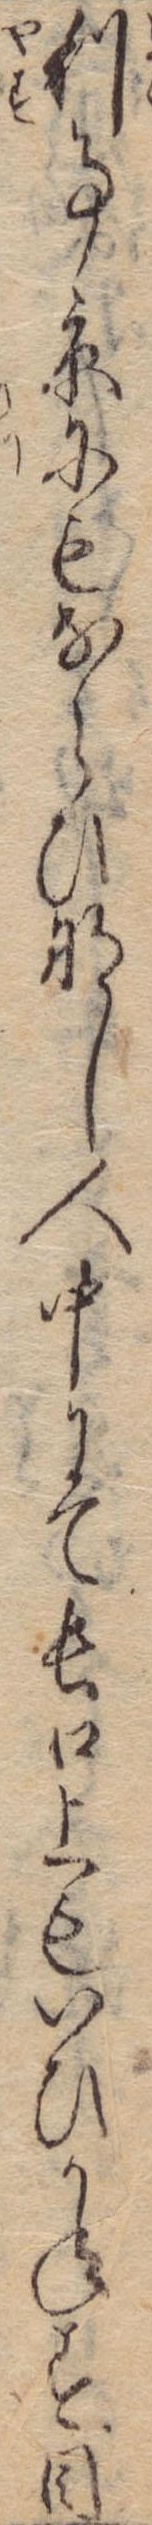
利事京にもならびなし人中にて長口上もいひかねす目